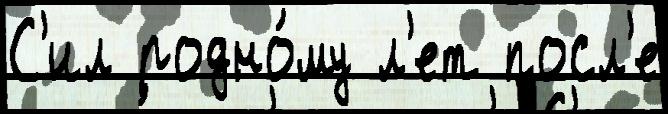
С'ил родно́му л'ет посл'е